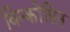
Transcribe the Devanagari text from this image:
विन्कोंसिन